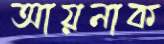
আয়নাক